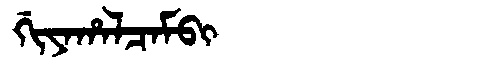
Manchu: ᡤᡳᠶᠠᡥᠠᠯᠴᠠᠮᠪᡳ
Romanization: GIYAHALCAMBI